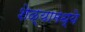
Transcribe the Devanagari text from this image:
शेळ्यामध्ये